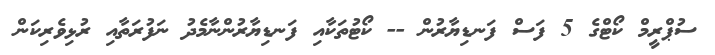
ސުޕްރީމް ކޯޓްގެ 5 ފަސް ފަނޑިޔާރުން -- ކޯޓުތަކާއި ފަނޑިޔާރުންނާމެދު ނަފުރަތާއި ރުޅިވެރިކަން